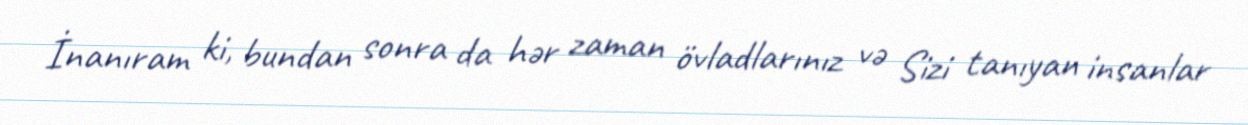
İnanıram ki, bundan sonra da hər zaman övladlarınız və Sizi tanıyan insanlar